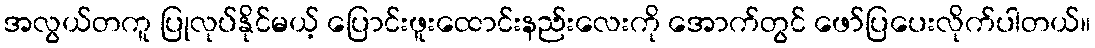
အလွယ်တကူ ပြုလုပ်နိုင်မယ့် ပြောင်းဖူးထောင်းနည်းလေးကို အောက်တွင် ဖော်ပြပေးလိုက်ပါတယ်။